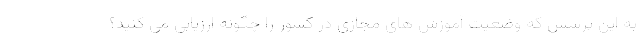
به این پرسش که وضعیت آموزش های مجازی در کشور را چگونه ارزیابی می کنید؟